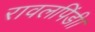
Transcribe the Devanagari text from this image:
रावलपिंडी।